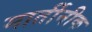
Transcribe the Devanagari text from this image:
मार्तीनीक